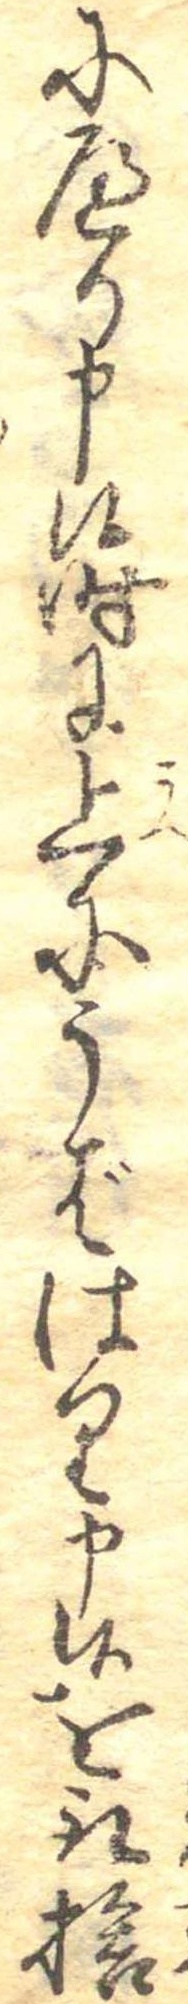
にへり申候時に上にうばはり申候を取捨